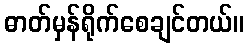
ဓာတ်မှန်ရိုက်စေချင်တယ်။